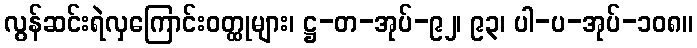
လွန်ဆင်းရဲလှကြောင်းဝတ္ထုများ၊ ဋ္ဌ-တ-အုပ်-၉၂၊ ၉၃၊ ပါ-ပ-အုပ်-၁၀၈။